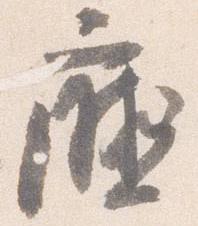
庁